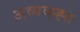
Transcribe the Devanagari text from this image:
अव्यव्ह्ह्त